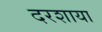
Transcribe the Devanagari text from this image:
दरशाया